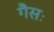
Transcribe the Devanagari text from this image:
गैसः